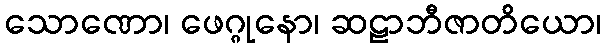
သောဏော၊ ဖေဂ္ဂုနော၊ ဆဠာဘီဇာတိယော၊